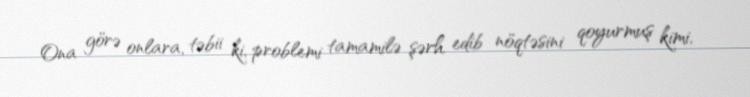
Ona görə onlara, təbii ki, problemi tamamilə şərh edib nöqtəsini qoyurmuş kimi,